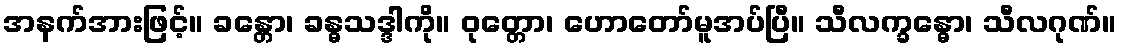
အနက်အားဖြင့်။ ခန္တော၊ ခန္ဓသဒ္ဒါကို။ ဝုတ္တော၊ ဟောတော်မူအပ်ပြီ။ သီလက္ခန္ဓော၊ သီလဂုဏ်။